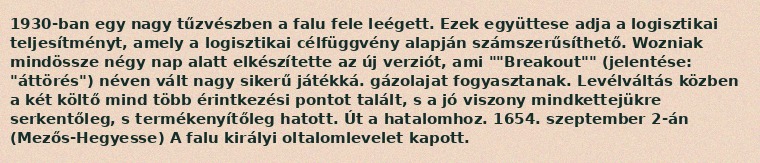
1930-ban egy nagy tűzvészben a falu fele leégett. Ezek együttese adja a logisztikai teljesítményt, amely a logisztikai célfüggvény alapján számszerűsíthető. Wozniak mindössze négy nap alatt elkészítette az új verziót, ami ""Breakout"" (jelentése: "áttörés") néven vált nagy sikerű játékká. gázolajat fogyasztanak. Levélváltás közben a két költő mind több érintkezési pontot talált, s a jó viszony mindkettejükre serkentőleg, s termékenyítőleg hatott. Út a hatalomhoz. 1654. szeptember 2-án (Mezős-Hegyesse) A falu királyi oltalomlevelet kapott.